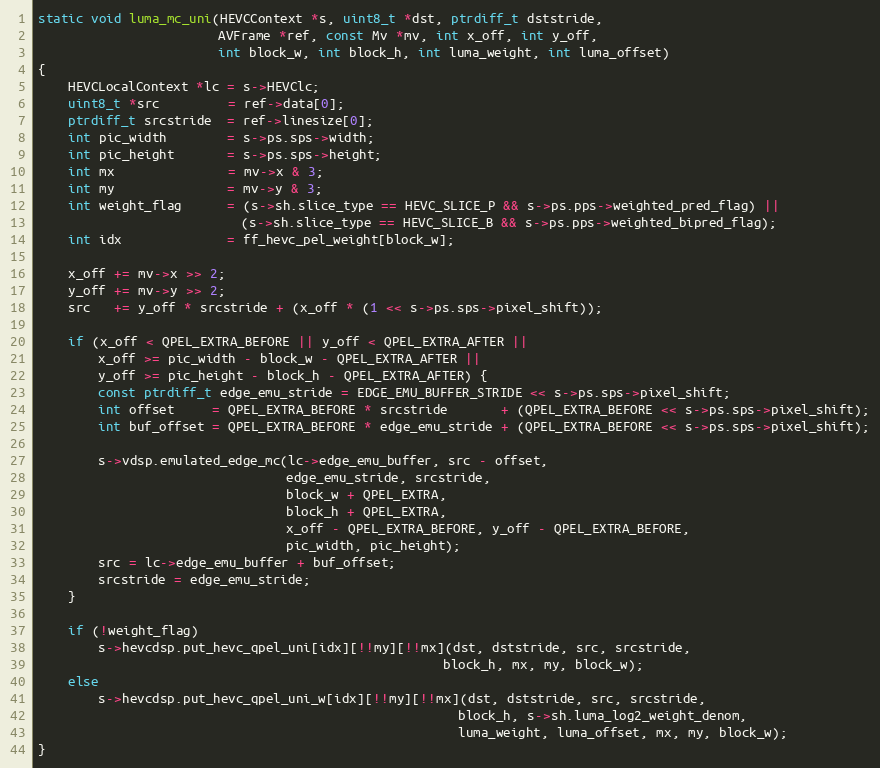
Language: C
static void luma_mc_uni(HEVCContext *s, uint8_t *dst, ptrdiff_t dststride,
                        AVFrame *ref, const Mv *mv, int x_off, int y_off,
                        int block_w, int block_h, int luma_weight, int luma_offset)
{
    HEVCLocalContext *lc = s->HEVClc;
    uint8_t *src         = ref->data[0];
    ptrdiff_t srcstride  = ref->linesize[0];
    int pic_width        = s->ps.sps->width;
    int pic_height       = s->ps.sps->height;
    int mx               = mv->x & 3;
    int my               = mv->y & 3;
    int weight_flag      = (s->sh.slice_type == HEVC_SLICE_P && s->ps.pps->weighted_pred_flag) ||
                           (s->sh.slice_type == HEVC_SLICE_B && s->ps.pps->weighted_bipred_flag);
    int idx              = ff_hevc_pel_weight[block_w];

    x_off += mv->x >> 2;
    y_off += mv->y >> 2;
    src   += y_off * srcstride + (x_off * (1 << s->ps.sps->pixel_shift));

    if (x_off < QPEL_EXTRA_BEFORE || y_off < QPEL_EXTRA_AFTER ||
        x_off >= pic_width - block_w - QPEL_EXTRA_AFTER ||
        y_off >= pic_height - block_h - QPEL_EXTRA_AFTER) {
        const ptrdiff_t edge_emu_stride = EDGE_EMU_BUFFER_STRIDE << s->ps.sps->pixel_shift;
        int offset     = QPEL_EXTRA_BEFORE * srcstride       + (QPEL_EXTRA_BEFORE << s->ps.sps->pixel_shift);
        int buf_offset = QPEL_EXTRA_BEFORE * edge_emu_stride + (QPEL_EXTRA_BEFORE << s->ps.sps->pixel_shift);

        s->vdsp.emulated_edge_mc(lc->edge_emu_buffer, src - offset,
                                 edge_emu_stride, srcstride,
                                 block_w + QPEL_EXTRA,
                                 block_h + QPEL_EXTRA,
                                 x_off - QPEL_EXTRA_BEFORE, y_off - QPEL_EXTRA_BEFORE,
                                 pic_width, pic_height);
        src = lc->edge_emu_buffer + buf_offset;
        srcstride = edge_emu_stride;
    }

    if (!weight_flag)
        s->hevcdsp.put_hevc_qpel_uni[idx][!!my][!!mx](dst, dststride, src, srcstride,
                                                      block_h, mx, my, block_w);
    else
        s->hevcdsp.put_hevc_qpel_uni_w[idx][!!my][!!mx](dst, dststride, src, srcstride,
                                                        block_h, s->sh.luma_log2_weight_denom,
                                                        luma_weight, luma_offset, mx, my, block_w);
}